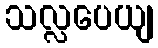
သလ္လပေယျ